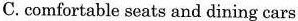
C.comfortable seats and dining cars